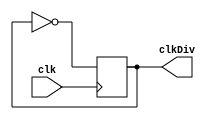
`timescale 1ns / 1ps
//////////////////////////////////////////////////////////////////////////////////
// Company: 
// Engineer: 
// 
// Design Name: 
// Module Name: nGate
// Project Name: 
// Target Devices: 
// Tool Versions: 
// Description: 
// 
// Dependencies: 
// 
// Revision:
// Revision 0.01 - File Created
// Additional Comments:
// 
//////////////////////////////////////////////////////////////////////////////////


module nGate(
    input clk,
    output reg clkDiv
    );
    
    initial
    begin
        clkDiv = 0;
    end
    
    always @(posedge clk)
    begin
        clkDiv = ~clkDiv;
    end
    
endmodule